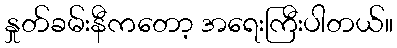
နှုတ်ခမ်းနီကတော့ အရေးကြီးပါတယ်။